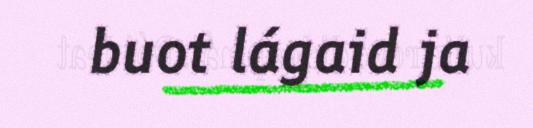
buot lágaid ja